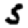
Digit: 5